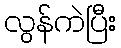
လွန်ကဲပြီး